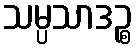
သမ္ပသာဒဉ္စ